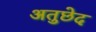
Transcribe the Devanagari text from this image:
अतुछेद